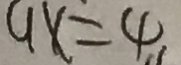
9 x = 4 ,